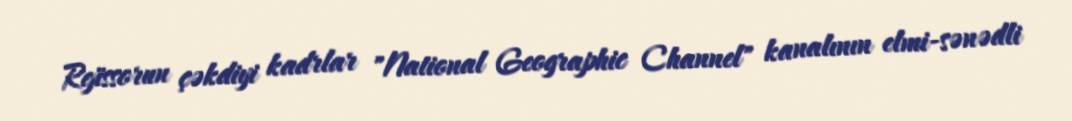
Rejissorun çəkdiyi kadrlar "National Geographic Channel" kanalının elmi-sənədli